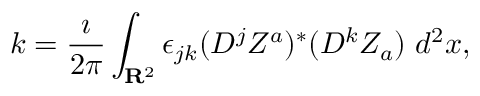
k = \frac { \imath } { 2 \pi } \int _ { { \bf R } ^ { 2 } } \epsilon _ { j k } ( D ^ { j } Z ^ { a } ) ^ { * } ( D ^ { k } Z _ { a } ) \; d ^ { 2 } x ,